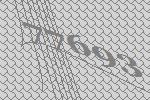
77693